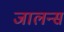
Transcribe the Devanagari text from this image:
जालन्स